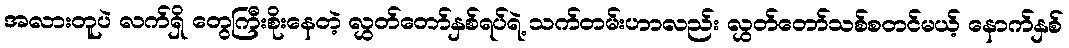
အလားတူပဲ လက်ရှိ တွေကြီးစိုးနေတဲ့ လွှတ်တော်နှစ်ရပ်ရဲ့ သက်တမ်းဟာလည်း လွှတ်တော်သစ်စတင်မယ့် နောက်နှစ်